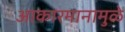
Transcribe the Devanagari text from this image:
आकारमानामुळे